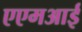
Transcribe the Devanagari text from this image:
एएमआई